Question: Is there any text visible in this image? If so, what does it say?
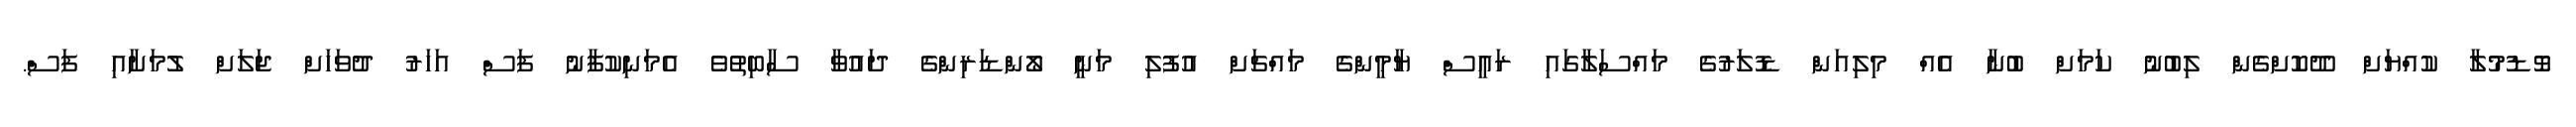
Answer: ވޮޑުމުލާ ކުއްޔަށް ދޫކޮށްގެން ލިބުނު ކަމަށް ބުނާ އެއް މިލިއަން ޑޮލަރުގެ މައްސަލާގައި ރައީސް ޔާމީންގެ މައްޗަށް އުފުލި މަނީ ލޯންޑަރިންގެ ދައުވާ ސާބިތުވެ އެމަނިކުފާނު ފަސް އަހަރު ދުވަހަށް ޖަލަށް ލުމަށާއި ފަސް.